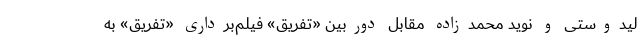
لیدوستی و نوید محمدزاده مقابل دوربین «تفریق» فیلم‌برداری «تفریق» به